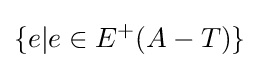
\{e|e\in E^{+}(A-T)\}